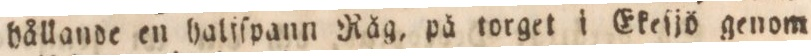
hållande en haliſpann Råg, på torget i Ekeſjö genom